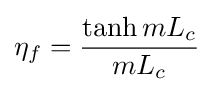
\eta _{f}={\frac {\tanh {mL_{c}}}{mL_{c}}}